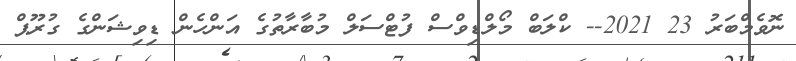
ނޮވެމްބަރު 23 2021-- ކްލަބް މޯލްޑިވްސް ފުޓްސަލް މުބާރާތުގެ އަންހެން ޑިވިޝަންގެ ގުރޫޕް